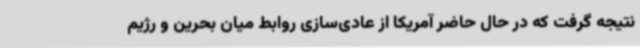
نتیجه گرفت که در حال حاضر آمریکا از عادی‌سازی روابط میان بحرین و رژیم